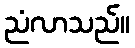
ညံလာသည်။